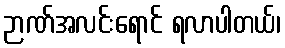
ဉာဏ်အလင်းရောင် ရလာပါတယ်၊